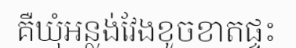
គឺឃុំអន្លង់វែងខូចខាតផ្ទះ